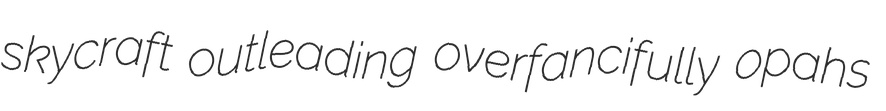
skycraft outleading overfancifully opahs